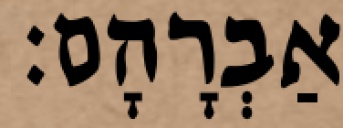
אַבְרָהָם׃